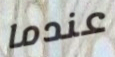
عندما